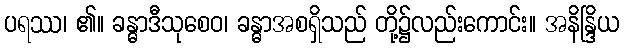
ပရဿ၊ ၏။ ခန္ဓာဒီသုစေဝ၊ ခန္ဓာအစရှိသည် တို့၌လည်းကောင်း။ အနိန္ဒြိယ